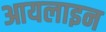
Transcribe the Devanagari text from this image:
आयलाइन